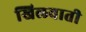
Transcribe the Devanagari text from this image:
खिलवाती